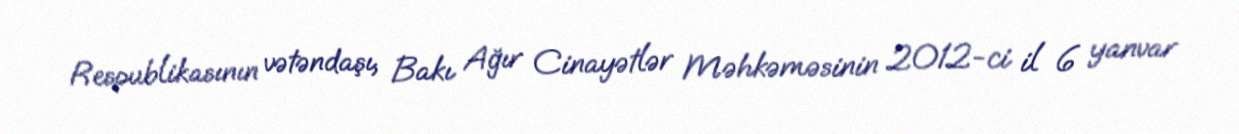
Respublikasının vətəndaşı, Bakı Ağır Cinayətlər Məhkəməsinin 2012-ci il 6 yanvar